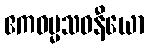
ဧကဓမ္မသဝနီယော